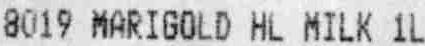
8019 MARIGOLD HL MILK 1L